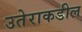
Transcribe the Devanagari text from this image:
उतेराकडील